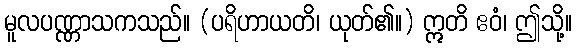
မူလပဏ္ဏာသကသည်။ (ပရိဟာယတိ၊ ယုတ်၏။) ဣတိ ဧဝံ၊ ဤသို့။